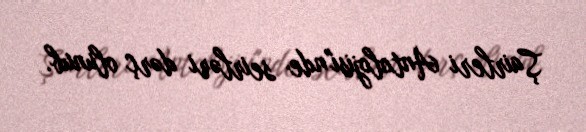
Şairleri Antolojisi"nde seirləri dərç olunub.